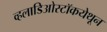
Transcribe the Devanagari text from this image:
व्हलाडिओस्टॉकयेथून